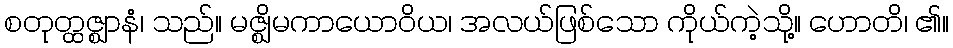
စတုတ္ထဇ္ဈာနံ၊ သည်။ မဇ္ဈိမကာယောဝိယ၊ အလယ်ဖြစ်သော ကိုယ်ကဲ့သို့။ ဟောတိ၊ ၏။